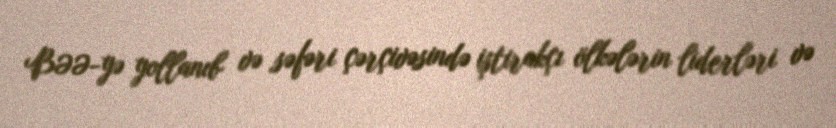
BƏƏ-yə yollanıb və səfəri çərçivəsində iştirakçı ölkələrin liderləri və